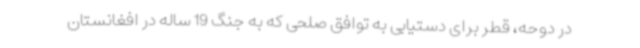
در دوحه، قطر برای دستیابی به توافق صلحی که به جنگ 19 ساله در افغانستان